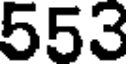
553